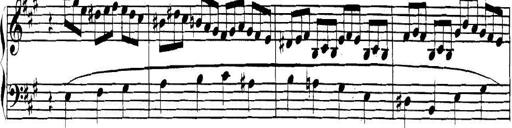
Title: Collected Piano Sonatas
Composer: Muzio Clementi